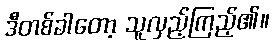
ဒီတစ်ခါတော့ သူလှည့်ကြည့်၏။